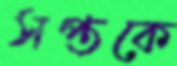
সপ্তকে